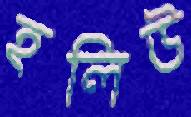
হলিউ